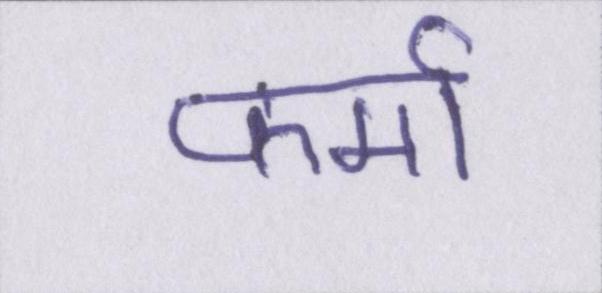
फर्मा